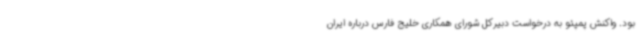
بود. واکنش پمپئو به درخواست دبیرکل شورای همکاری خلیج فارس درباره ایران